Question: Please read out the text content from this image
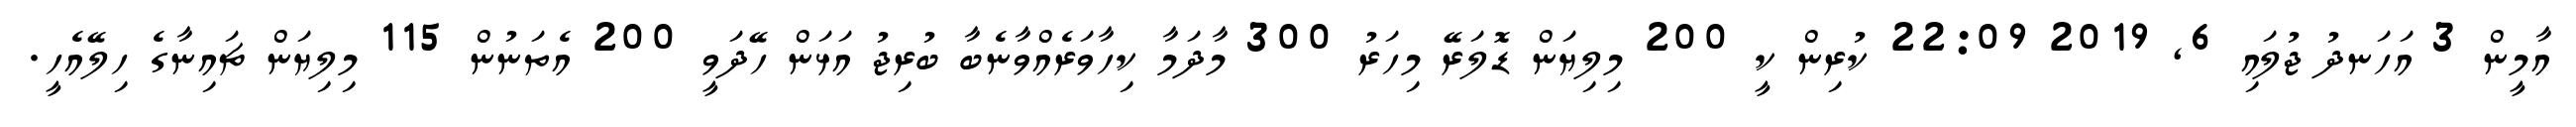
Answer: އާމީން 3 އަހަނދު ޖުލައި 6, 2019 22:09 ކުރިން ކީ 200 މިލިޔަން ޑޮލަރޭ މިހަރު 300 މާދަމާ ކިހާވަރެއްވާނެބާ ބުރިޖު އަޅަން ހޭދަވީ 200 އެތަނުން 115 މިލިޔަން ޗައިނާގެ ހިލޭއެހީ.